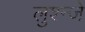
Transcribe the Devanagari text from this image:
लुश्न्जे